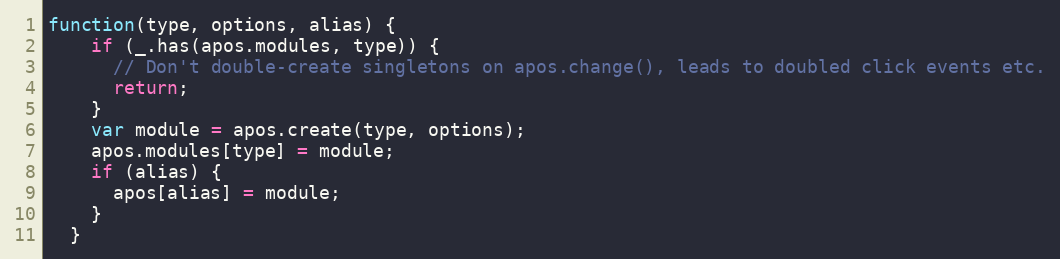
Language: JavaScript
function(type, options, alias) {
    if (_.has(apos.modules, type)) {
      // Don't double-create singletons on apos.change(), leads to doubled click events etc.
      return;
    }
    var module = apos.create(type, options);
    apos.modules[type] = module;
    if (alias) {
      apos[alias] = module;
    }
  }